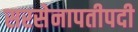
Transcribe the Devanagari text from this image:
सरसेनापतीपदी